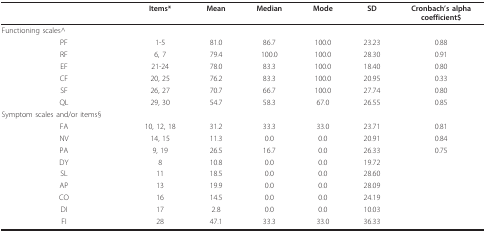
<table><thead><tr><td></td><td><b>Items*</b></td><td><b>Mean</b></td><td><b>Median</b></td><td><b>Mode</b></td><td><b>SD</b></td><td><b>Cronbach&#x27;s alphacoefficient$</b></td></tr></thead><tbody><tr><td>Functioning scales^</td><td></td><td></td><td></td><td></td><td></td><td></td></tr><tr><td>PF</td><td>1-5</td><td>81.0</td><td>86.7</td><td>100.0</td><td>23.23</td><td>0.88</td></tr><tr><td>RF</td><td>6, 7</td><td>79.4</td><td>100.0</td><td>100.0</td><td>28.30</td><td>0.91</td></tr><tr><td>EF</td><td>21-24</td><td>78.0</td><td>83.3</td><td>100.0</td><td>18.40</td><td>0.80</td></tr><tr><td>CF</td><td>20, 25</td><td>76.2</td><td>83.3</td><td>100.0</td><td>20.95</td><td>0.33</td></tr><tr><td>SF</td><td>26, 27</td><td>70.7</td><td>66.7</td><td>100.0</td><td>27.74</td><td>0.80</td></tr><tr><td>QL</td><td>29, 30</td><td>54.7</td><td>58.3</td><td>67.0</td><td>26.55</td><td>0.85</td></tr><tr><td>Symptom scales and/or items§</td><td></td><td></td><td></td><td></td><td></td><td></td></tr><tr><td>FA</td><td>10, 12, 18</td><td>31.2</td><td>33.3</td><td>33.0</td><td>23.71</td><td>0.81</td></tr><tr><td>NV</td><td>14, 15</td><td>11.3</td><td>0.0</td><td>0.0</td><td>20.91</td><td>0.84</td></tr><tr><td>PA</td><td>9, 19</td><td>26.5</td><td>16.7</td><td>0.0</td><td>26.33</td><td>0.75</td></tr><tr><td>DY</td><td>8</td><td>10.8</td><td>0.0</td><td>0.0</td><td>19.72</td><td></td></tr><tr><td>SL</td><td>11</td><td>18.5</td><td>0.0</td><td>0.0</td><td>28.60</td><td></td></tr><tr><td>AP</td><td>13</td><td>19.9</td><td>0.0</td><td>0.0</td><td>28.09</td><td></td></tr><tr><td>CO</td><td>16</td><td>14.5</td><td>0.0</td><td>0.0</td><td>24.19</td><td></td></tr><tr><td>DI</td><td>17</td><td>2.8</td><td>0.0</td><td>0.0</td><td>10.03</td><td></td></tr><tr><td>FI</td><td>28</td><td>47.1</td><td>33.3</td><td>33.0</td><td>36.33</td><td></td></tr></tbody></table>